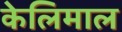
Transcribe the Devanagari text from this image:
केलिमाल